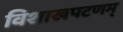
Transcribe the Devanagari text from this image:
विशाखपटणम्‌